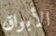
الأبواق